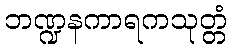
ဘဏ္ဍနကာရကသုတ္တံ